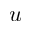
u